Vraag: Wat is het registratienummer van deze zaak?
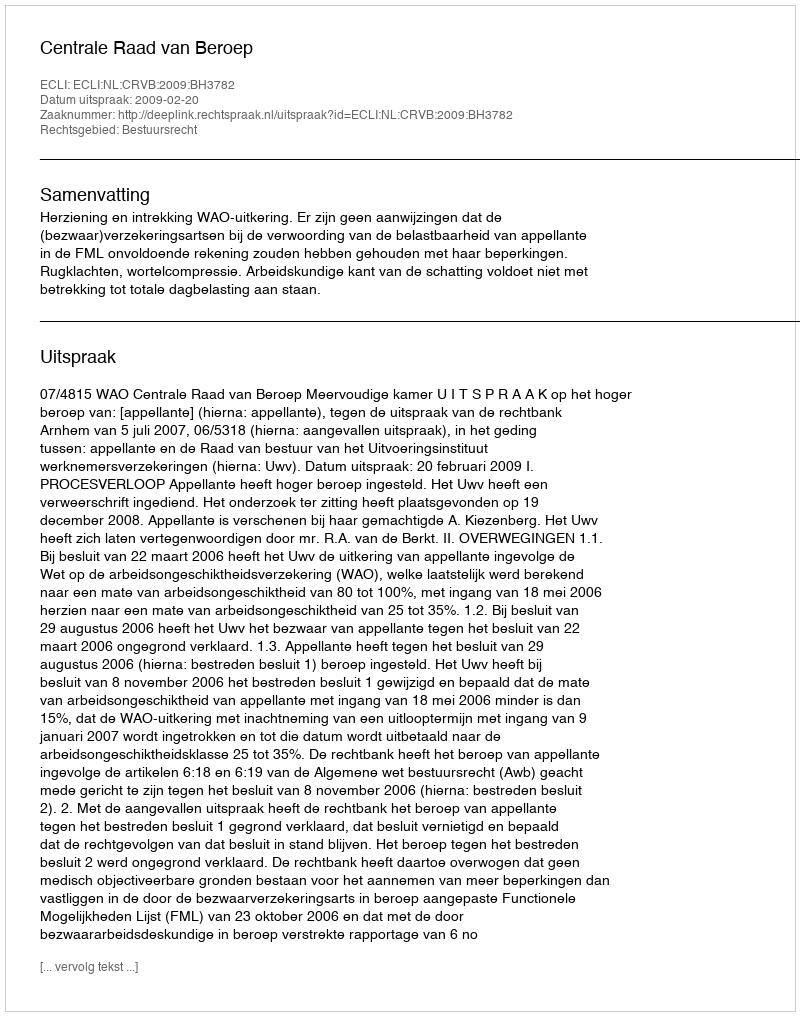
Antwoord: http://deeplink.rechtspraak.nl/uitspraak?id=ECLI:NL:CRVB:2009:BH3782